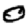
Digit: 0